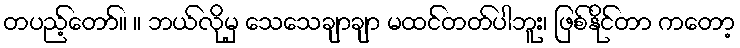
တပည့်တော်။ ။ ဘယ်လိုမှ သေသေချာချာ မထင်တတ်ပါဘူး၊ ဖြစ်နိုင်တာ ကတော့